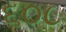
૬૦૮